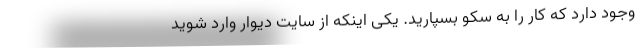
وجود دارد که کار را به سکو بسپارید. یکی اینکه از سایت دیوار وارد شوید